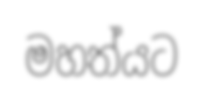
මහත්යට